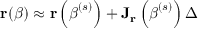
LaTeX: \mathbf { r } ( { \boldsymbol { \beta } } ) \approx \mathbf { r } \left( { \boldsymbol { \beta } } ^ { ( s ) } \right) + \mathbf { J _ { r } } \left( { \boldsymbol { \beta } } ^ { ( s ) } \right) \Delta